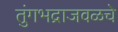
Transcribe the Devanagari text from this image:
तुंगभद्राजवळचे